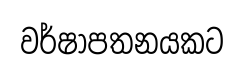
වර්ෂාපතනයකට